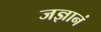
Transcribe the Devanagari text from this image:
जज्ञानं